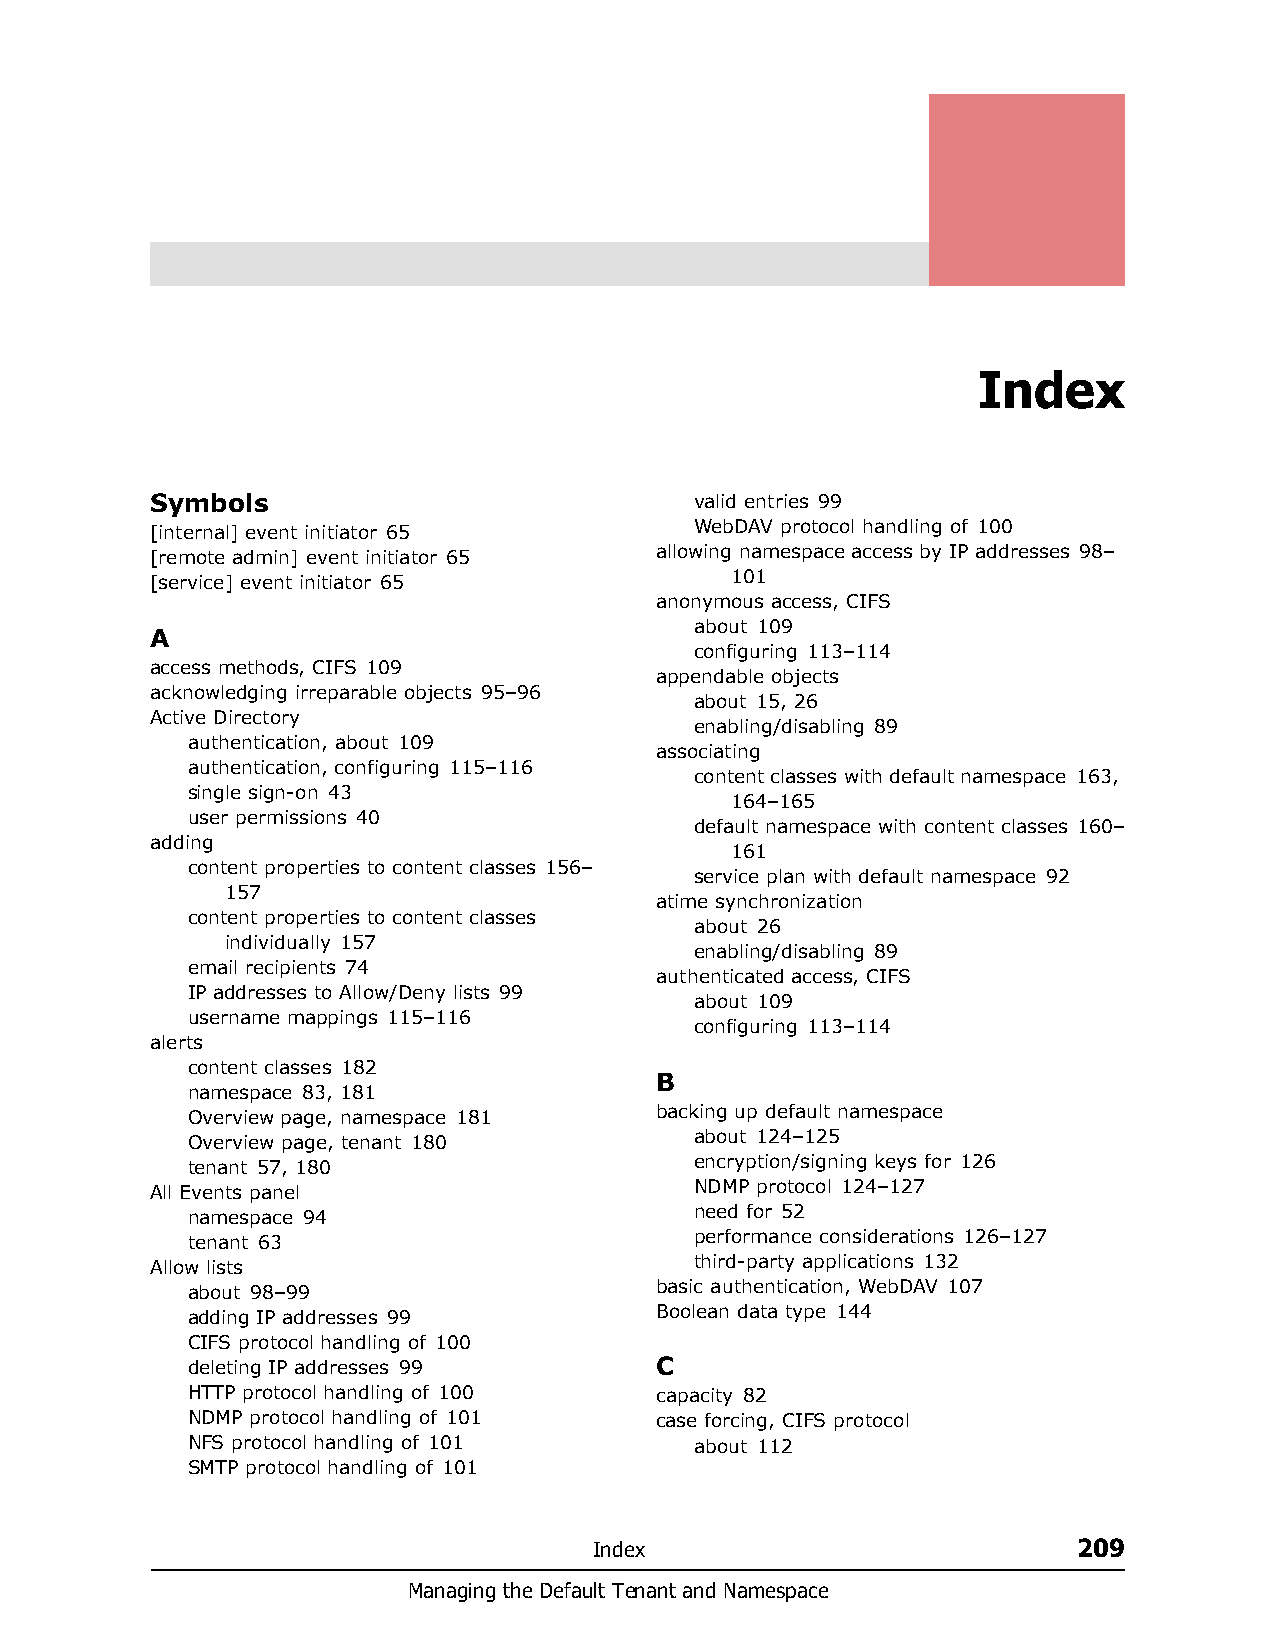
Index
 Symbols                             valid entries 99
 WebDAV protocol handling of 100
 [internal] event initiator 65
 allowing namespace access by IP addresses 98–
 [remote admin] event initiator 65
 101
 [service] event initiator 65
 anonymous access, CIFS
 about 109
 A
 configuring 113–114
 access methods, CIFS 109
 appendable objects
 acknowledging irreparable objects 95–96
 about 15, 26
 Active Directory
 enabling/disabling 89
 authentication, about 109
 associating
 authentication, configuring 115–116
 content classes with default namespace 163,
 single sign-on 43
 164–165
 user permissions 40
 default namespace with content classes 160–
 adding
 161
 content properties to content classes 156–
 service plan with default namespace 92
 157
 atime synchronization
 content properties to content classes
 about 26
 individually 157
 enabling/disabling 89
 email recipients 74
 authenticated access, CIFS
 IP addresses to Allow/Deny lists 99
 about 109
 username mappings 115–116
 configuring 113–114
 alerts
 content classes 182
 B
 namespace 83, 181
 Overview page, namespace 181   backing up default namespace
 Overview page, tenant 180         about 124–125
 tenant 57, 180                    encryption/signing keys for 126
 All Events panel                    NDMP protocol 124–127
 namespace 94                      need for 52
 tenant 63                         performance considerations 126–127
 Allow lists                         third-party applications 132
 about 98–99                    basic authentication, WebDAV 107
 adding IP addresses 99         Boolean data type 144
 CIFS protocol handling of 100
 deleting IP addresses 99       C
 HTTP protocol handling of 100  capacity 82
 NDMP protocol handling of 101  case forcing, CIFS protocol
 NFS protocol handling of 101      about 112
 SMTP protocol handling of 101
 Index                           209
 Managing the Default Tenant and Namespace